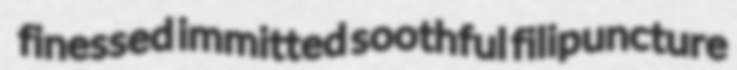
finessed immitted soothful filipuncture